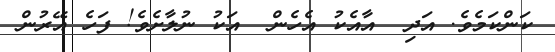
ކަންކަމެވެ. އަދި  އާއެކު އެހެން  އަކު ނުލާށެވެ! ފަހެ އޭރުން